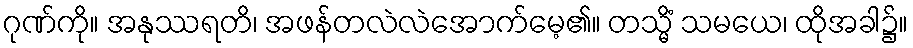
ဂုဏ်ကို။ အနုဿရတိ၊ အဖန်တလဲလဲအောက်မေ့၏။ တသ္မိံ သမယေ၊ ထိုအခါ၌။